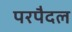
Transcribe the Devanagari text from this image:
परपैदल